Report on the working of the mental hospitals for Indians in Bihar and Orissa - 1925-1929
Year: 1925
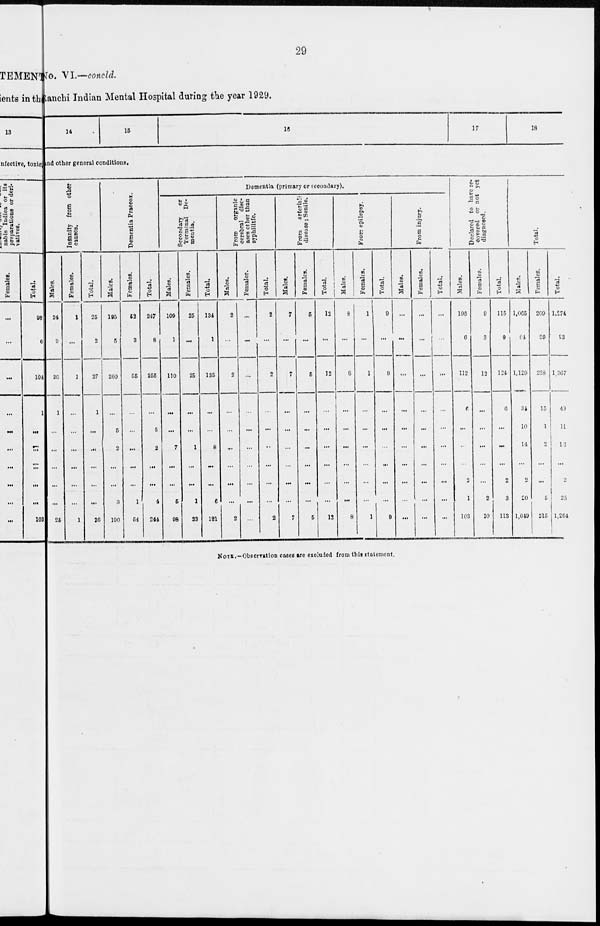
29
No. VI.—concld.
Ranchi Indian Mental Hospital during the year 1929.
14
15
16
17
18
and other general conditions.
Insanity from other
causes.
Males.
24
2
26
1
...
...
...
...
...
25
Females.
1
...
1
...
...
...
...
...
...
1
Total.
25
2
27
1
...
...
...
...
...
26
Dementia Praecox.
Males.
195
5
200
...
5
2
...
...
3
190
Females.
52
3
55
...
...
...
...
...
1
54
Total.
247
8
255
...
5
2
...
...
4
244
Dementia (primary or secondary).
Secondary
or
Terminal De-
mentia.
Males.
109
1
110
...
...
7
...
...
5
98
Females.
25
...
25
...
...
1
...
...
1
23
Total.
134
1
135
...
...
8
...
...
6
121
From
organic
cerebral dise-
ases other than
syphilitic.
Males.
2
...
2
...
...
...
...
...
...
2
Females.
...
...
...
...
...
...
...
...
...
...
Total.
2
...
2
...
...
...
...
...
...
2
From
arterial
disease; Senile.
Males.
7
...
7
...
...
...
...
...
...
7
Females.
5
...
5
...
...
...
...
...
...
5
Total.
12
...
12
...
...
...
...
...
...
13
From epilepsy.
Males.
8
...
8
...
...
...
...
...
...
8
Females.
1
...
1
...
...
...
...
...
...
1
Total.
9
...
9
...
...
...
...
...
...
9
From injury.
Males.
...
...
...
...
...
...
...
...
...
...
Females.
...
...
...
...
...
...
...
...
...
...
Total.
...
...
...
...
...
...
...
...
...
...
Declared to have re-
covered
or not yet
diagnosed.
Males.
106
6
112
6
...
...
...
2
1
103
Females.
9
3
12
...
...
...
...
...
2
10
Total.
115
9
124
6
...
...
...
2
3
113
Total.
Males.
1,065
64
1,129
34
10
14
...
2
20
1,049
Females.
209
29
238
15
1
2
...
...
5
215
Total.
1,274
93
1,367
49
11
16
...
2
25
1,264
NOTE.—Observation cases are excluded from this statement.